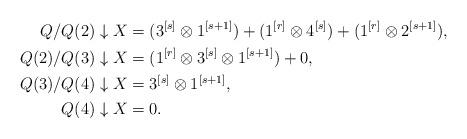
LaTeX: \begin{align*}Q/Q(2) \downarrow X &= (3^{[s]} \otimes 1^{[s+1]}) + (1^{[r]} \otimes 4^{[s]}) + (1^{[r]} \otimes 2^{[s+1]}), \\Q(2)/Q(3) \downarrow X &= (1^{[r]} \otimes 3^{[s]} \otimes 1^{[s + 1]}) + 0, \\Q(3)/Q(4) \downarrow X &= 3^{[s]} \otimes 1^{[s+1]}, \\Q(4) \downarrow X &= 0.\end{align*}